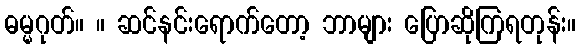
ဓမ္မဂုတ်။ ။ ဆင်နင်းရောက်တော့ ဘာများ ပြောဆိုကြရတုန်း။